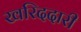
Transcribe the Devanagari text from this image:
खरिददारी